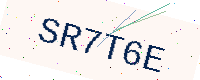
Text: SR7T6E